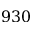
9 3 0